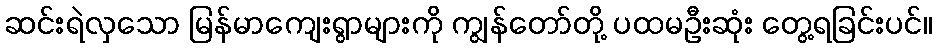
ဆင်းရဲလှသော မြန်မာကျေးရွာများကို ကျွန်တော်တို့ ပထမဦးဆုံး တွေ့ရခြင်းပင်။